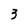
Character: 3